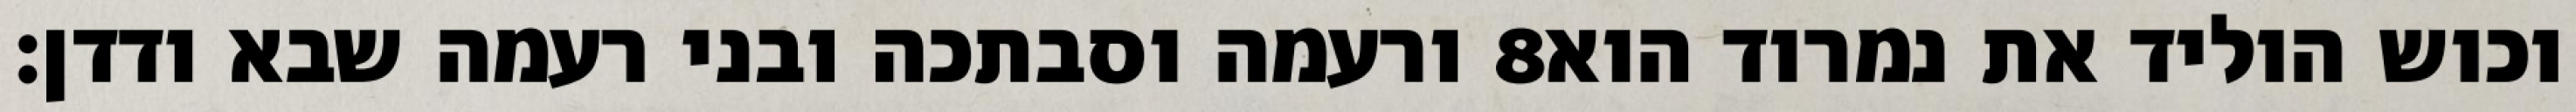
ורעמה וסבתכה ובני רעמה שבא ודדן׃ ‎8‏ וכוש הוליד את נמרוד הוא